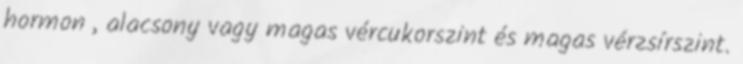
hormon , alacsony vagy magas vércukorszint és magas vérzsírszint.